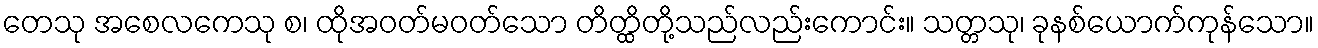
တေသု အစေလကေသု စ၊ ထိုအဝတ်မဝတ်သော တိတ္ထိတို့သည်လည်းကောင်း။ သတ္တသု၊ ခုနစ်ယောက်ကုန်သော။